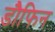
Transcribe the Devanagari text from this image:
डौफिन